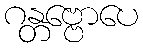
ဂန္တဗ္ဗောပေ